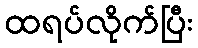
ထရပ်လိုက်ပြီး